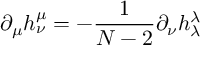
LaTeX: \partial _ { \mu } h _ { \nu } ^ { \mu } = - \frac { 1 } { N - 2 } \partial _ { \nu } h _ { \lambda } ^ { \lambda }